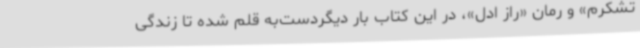
تشکرم» و رمان «راز ادل»، در این کتاب بار دیگردست‌به قلم شده تا زندگی